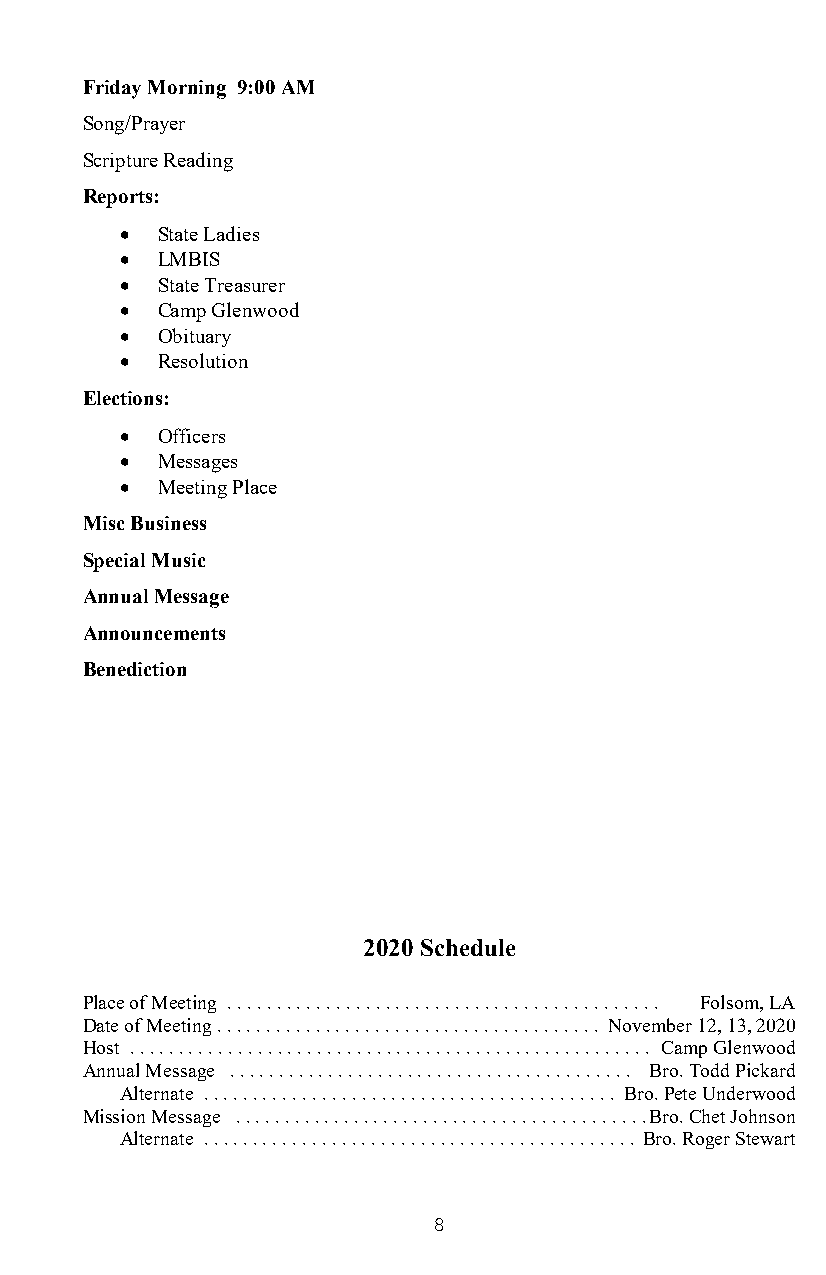
Friday Morning 9:00 AM
 Song/Prayer
 Scripture Reading
 Reports:
 • State Ladies
 • LMBIS
 • State Treasurer
 • Camp Glenwood
 • Obituary
 • Resolution
 Elections:
 • Officers
 • Messages
 • Meeting Place
 Misc Business
 Special Music
 Annual Message
 Announcements
 Benediction
 2020 Schedule
 Place of Meeting . . . . . . . . . . . . . . . . . . . . . . . . . . . . . . . . . . . . . . . . . . . . Folsom, LA
 Date of Meeting . . . . . . . . . . . . . . . . . . . . . . . . . . . . . . . . . . . . . . . November 12, 13, 2020
 Host . . . . . . . . . . . . . . . . . . . . . . . . . . . . . . . . . . . . . . . . . . . . . . . . . . . . . Camp Glenwood
 Annual Message . . . . . . . . . . . . . . . . . . . . . . . . . . . . . . . . . . . . . . . . . Bro. Todd Pickard
 Alternate . . . . . . . . . . . . . . . . . . . . . . . . . . . . . . . . . . . . . . . . . . Bro. Pete Underwood
 Mission Message . . . . . . . . . . . . . . . . . . . . . . . . . . . . . . . . . . . . . . . . . . Bro. Chet Johnson
 Alternate . . . . . . . . . . . . . . . . . . . . . . . . . . . . . . . . . . . . . . . . . . . . Bro. Roger Stewart
 8